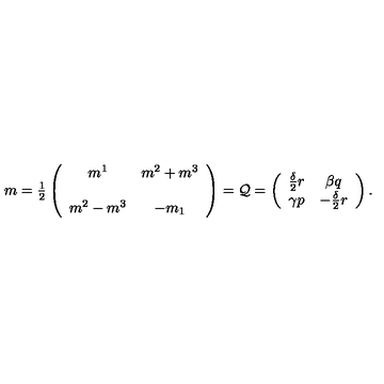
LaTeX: m = { \textstyle \frac { 1 } { 2 } } \left( \begin{array} { c c } { m ^ { 1 } } & { m ^ { 2 } + m ^ { 3 } } \\ { } & { } \\ { m ^ { 2 } - m ^ { 3 } } & { - m _ { 1 } } \\ \end{array} \right) = { \cal Q } = \left( \begin{array} { c c } { \frac { \delta } { 2 } r } & { \beta q } \\ { \gamma p } & { - \frac { \delta } { 2 } r } \\ \end{array} \right) .